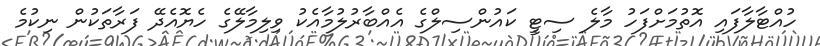
ހުއްޓާލާފައި އޮތުމަށްފަހު މާލެ ސިޓީ ކައުންސިލްގެ އެއްބާރުލުމާއެކު ވިލިމާލޭގެ ހެޔޮއެދޭ ފަރާތަކުން ނިކުމެ